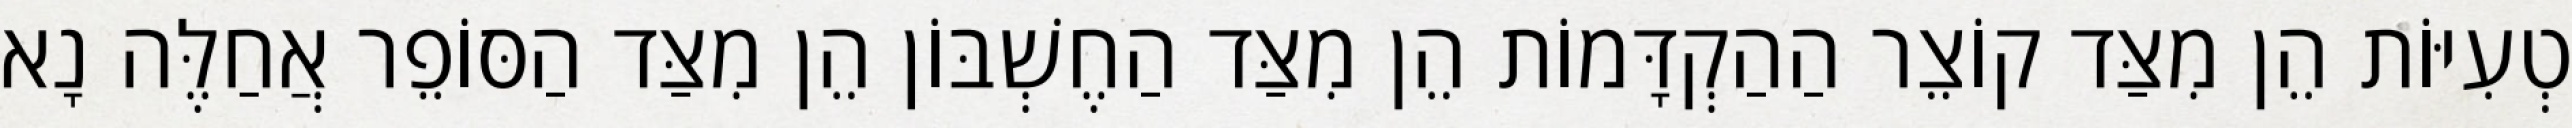
טְעִיּוֹת הֵן מִצַּד קוֹצֵר הַהַקְדָּמוֹת הֵן מִצַּד הַחֶשְׁבּוֹן הֵן מִצַּד הַסּוֹפֵר אֲחַלֶּה נָא